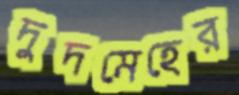
দুদমেহের